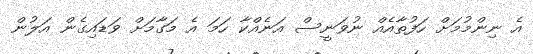
އެ ނިންމުމަށް ހަފުތާއެއް ނުވަނީސް އަނެއްކާ ހަމަ އެ މަގާމަށް ވަޑައިގެން އަލުން